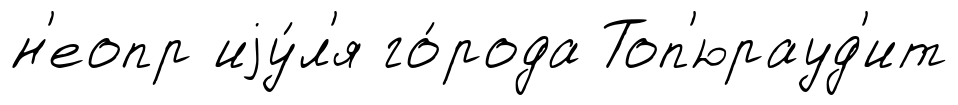
н'еопр иjу́л'я го́рода Топ'юрауд'ит